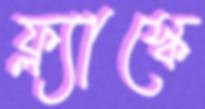
ফ্ল্যাস্কে